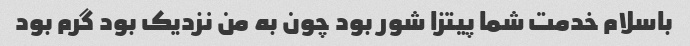
باسلام خدمت شما پیتزا شور بود چون به من نزدیک بود گرم بود